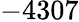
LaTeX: -4307